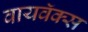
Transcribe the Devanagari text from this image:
वायवॅक्स